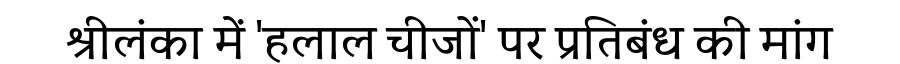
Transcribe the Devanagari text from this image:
श्रीलंका में 'हलाल चीजों' पर प्रतिबंध की मांग